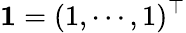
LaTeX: \mathbf{1}=(1,\cdots,1)^{\top}